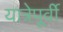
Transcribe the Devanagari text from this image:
यात्रेपूर्वी